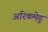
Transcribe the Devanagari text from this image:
अरिकमेडु